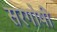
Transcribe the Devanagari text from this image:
सरगोषी